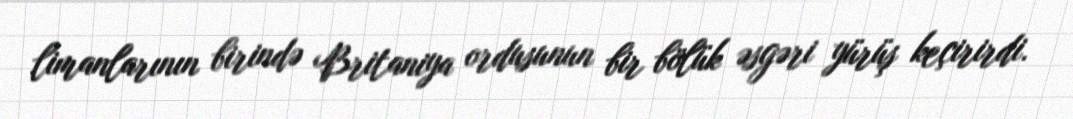
limanlarının birində Britaniya ordusunun bir bölük əsgəri yürüş keçirirdi.